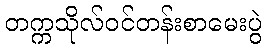
တက္ကသိုလ်ဝင်တန်းစာမေးပွဲ